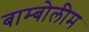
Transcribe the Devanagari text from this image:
बाम्बोलीम